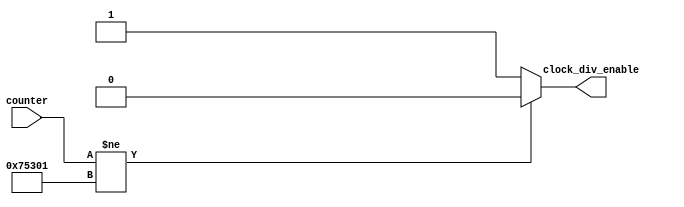
module comparator(

	input [31:0] counter,
	output reg clock_div_enable

);

reg [31:0] constantNumber = 480001;

always @(counter) begin

	if(counter != constantNumber)
	
		clock_div_enable = 0;
		
		else
		
			clock_div_enable = 1;
			
end

endmodule